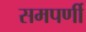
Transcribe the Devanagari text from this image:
समपर्णी